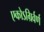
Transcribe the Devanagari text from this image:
एकोऽग्रिर्वर्ण